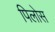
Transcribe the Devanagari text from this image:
पिलोस